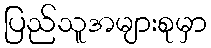
ပြည်သူအများစုမှာ